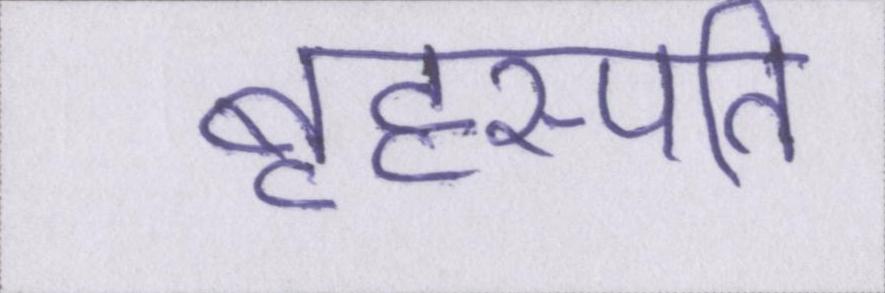
बृहस्पति